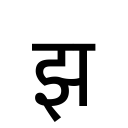
OCR:
झ